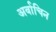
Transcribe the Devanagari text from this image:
अर्वाचिन